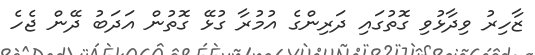
ޒާހިރު ވިދާޅުވި ގޮތުގައި ދަރިންގެ އުމުރާ ގުޅޭ ގޮތުން އަދަބު ދޭން ޖެހެ